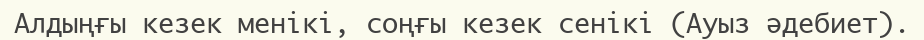
Алдыңғы кезек менікі, соңғы кезек сенікі (Ауыз әдебиет).